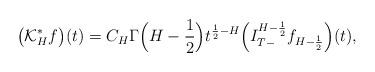
LaTeX: \begin{align*}\big(\mathcal{K}_H^* f\big)(t)&=C_H\Gamma\Big(H-\frac{1}{2}\Big)t^{\frac{1}{2}-H}\Big(I^{H-\frac{1}{2}}_{T-}f_{H-\frac{1}{2}}\Big)(t),\end{align*}